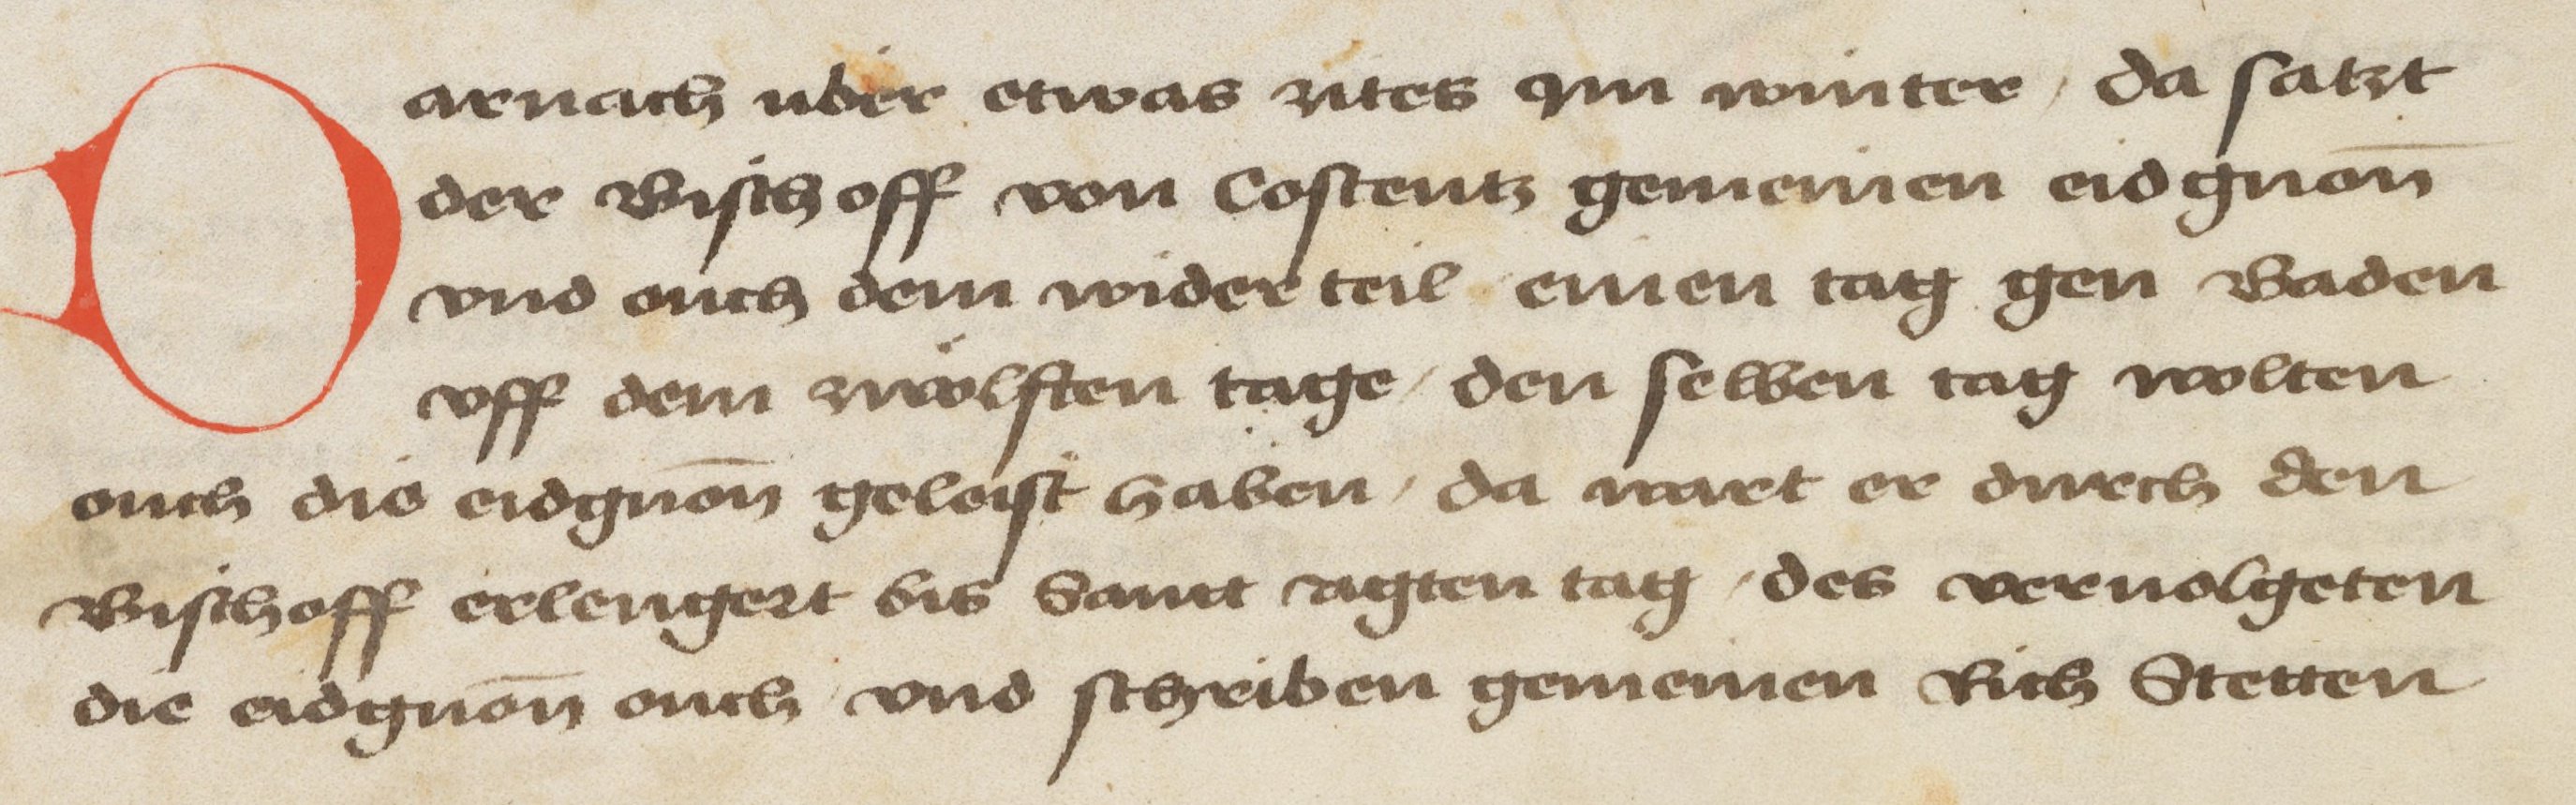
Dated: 1478–1483